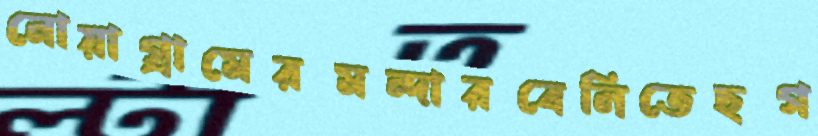
নোয়াগ্রামেরমন্দারবেলিতেছগ